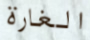
الغارة